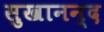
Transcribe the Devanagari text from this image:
सुखानन्द